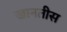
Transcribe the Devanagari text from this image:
खानतीस